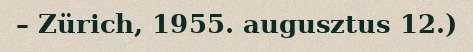
– Zürich, 1955. augusztus 12.)